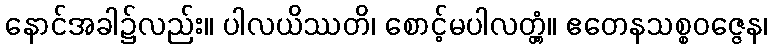
နောင်အခါ၌လည်း။ ပါလယိဿတိ၊ စောင့်မပါလတ္တံ့။ ဧတေနသစ္စဝဇ္ဇေန၊